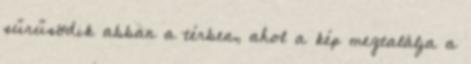
sűrűsödik abban a térben, ahol a kép megtalálja a